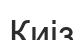
Киіз